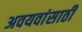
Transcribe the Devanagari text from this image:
अवयवांसाठी